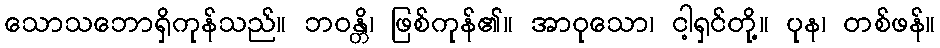
သောသဘောရှိကုန်သည်။ ဘဝန္တိ၊ ဖြစ်ကုန်၏။ အာဝုသော၊ ငါ့ရှင်တို့။ ပုန၊ တစ်ဖန်။